Vaccination in Burma 1920-1933 - 1920-1933
Year: 1920
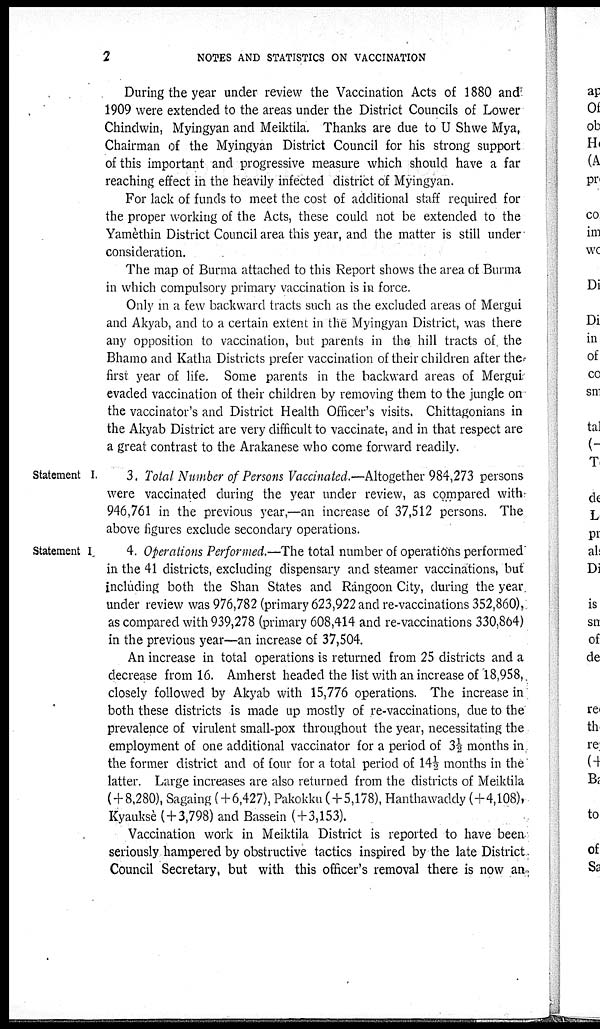
2
NOTES AND STATISTICS ON VACCINATION
During the year under review the Vaccination Acts of 1880 and
1909 were extended to the areas under the District Councils of Lower
Chindwin, Myingyan and Meiktila. Thanks are due to U Shwe Mya,
Chairman of the Myingyan District Council for his strong support
of this important and progressive measure which should have a far
reaching effect in the heavily infected district of Myingyan.
For lack of funds to meet the cost of additional staff required for
the proper working of the Acts, these could not be extended to the
Yamèthin District Council area this year, and the matter is still under
consideration.
The map of Burma attached to this Report shows the area of Burma
in which compulsory primary vaccination is in force.
Only in a few backward tracts such as the excluded areas of Mergui
and Akyab, and to a certain extent in the Myingyan District, was there
any opposition to vaccination, but parents in the hill tracts of the
Bhamo and Katha Districts prefer vaccination of their children after the
first year of life. Some parents in the backward areas of Mergui
evaded vaccination of their children by removing them to the jungle on
the vaccinator's and District Health Officer's visits. Chittagonians in
the Akyab District are very difficult to vaccinate, and in that respect are
a great contrast to the Arakanese who come forward readily.
Statement I.
3. Total Number of Persons Vaccinated.—Altogether 984,273 persons
were vaccinated during the year under review, as compared with
946,761 in the previous year,—an increase of 37,512 persons. The
above figures exclude secondary operations.
Statement I
4. Operations Performed.—The total number of operations performed
in the 41 districts, excluding dispensary and steamer vaccinations, but
including both the Shan States and Rangoon City, during the year
under review was 976,782 (primary 623,922 and re-vaccinations 352,860),
as compared with 939,278 (primary 608,414 and re-vaccinations 330,864)
in the previous year—an increase of 37,504.
An increase in total operations is returned from 25 districts and a
decrease from 16. Amherst headed the list with an increase of 18,958,
closely followed by Akyab with 15,776 operations. The increase in
both these districts is made up mostly of re-vaccinations, due to the
prevalence of virulent small-pox throughout the year, necessitating the
employment of one additional vaccinator for a period of 3½ months in
the former district and of four for a total period of 14½ months in the
latter. Large increases are also returned from the districts of Meiktila
(+8,280), Sagaing (+6,427), Pakokku ( + 5,178), Hanthawaddy (+4,108),
Kyauksè (+3,798) and Bassein (+3,153).
Vaccination work in Meiktila District is reported to have been
seriously hampered by obstructive tactics inspired by the late District
Council Secretary, but with this officer's removal there is now an